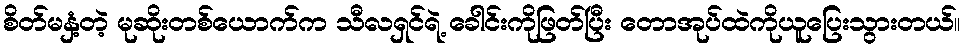
စိတ်မနှံ့တဲ့ မုဆိုးတစ်ယောက်က သီလရှင်ရဲ့ ခေါင်းကိုဖြတ်ပြီး တောအုပ်ထဲကိုယူပြေးသွားတယ်။